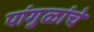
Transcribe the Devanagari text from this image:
पांगुळांचे